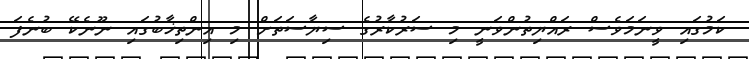
ކަމުގައި ވީނަމަވެސް ރައްޔިތުންވަނީ މި ސަރުކާރުގެ ސިޔާސަތަށް މި އިންތިޚާބުގައި ނޫނެކޭ ބުނެފަ